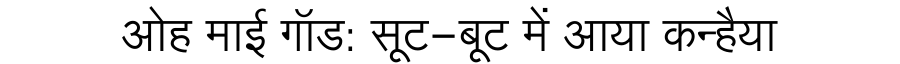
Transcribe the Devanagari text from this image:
ओह माई गॉड: सूट-बूट में आया कन्हैया